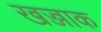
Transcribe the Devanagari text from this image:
खज्जाक